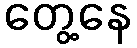
တွေ့နေ